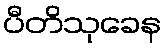
ပီတိသုခေန